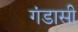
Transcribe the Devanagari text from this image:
गंडासी